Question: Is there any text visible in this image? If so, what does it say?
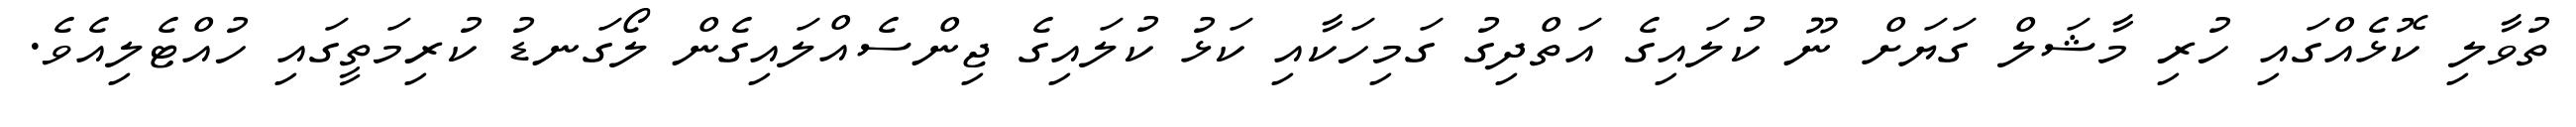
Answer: ތުވާލި ކޮޅެއްގައި ހުރި މާޝަލް ގަޔަށް ނޫ ކުލައިގެ އަތްދިގު ގަމިހަކާއި ކަޅު ކުލައިގެ ޖިންސެއްލައިގެން ލޯގަނޑު ކުރިމަތީގައި ހުއްޓެލިއެވެ.